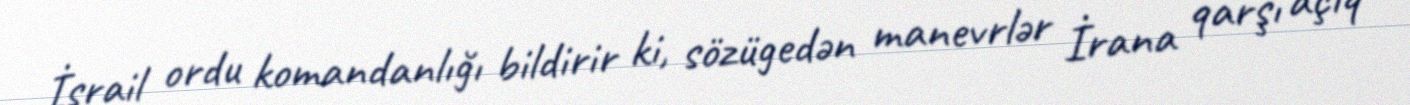
İsrail ordu komandanlığı bildirir ki, sözügedən manevrlər İrana qarşı açıq